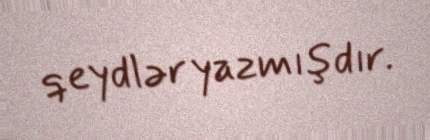
qeydlər yazmışdır.